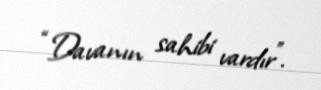
“Davanın sahibi vardır”.